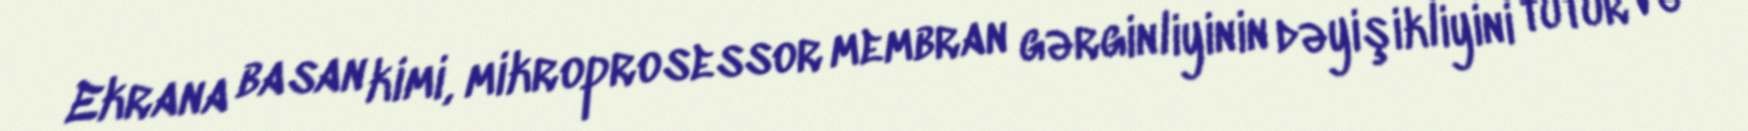
Ekrana basan kimi, mikroprosessor membran gərginliyinin dəyişikliyini tutur və